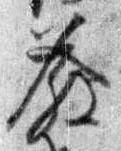
発